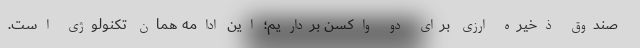
صندوق ذخیره ارزی برای دو واکسن برداریم؛ این ادامه همان تکنولوژی است.